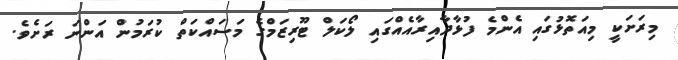
މިރަށަކީ މިއަތޮޅުގައި އެންމެ ފުޅާދާއިރާއެއްގައި ލޯކަލް ޓޫރިޒަމްގެ މަސައްކަތް ކުރަމުން އަންނަ ރަށެވެ.